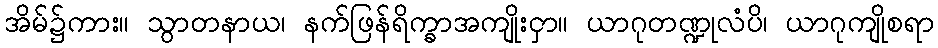
အိမ်၌ကား။ သွာတနာယ၊ နက်ဖြန်ရိက္ခာအကျိုးငှာ။ ယာဂုတဏ္ဍုလံပိ၊ ယာဂုကျိုစရာ